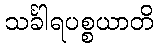
သင်္ခါရပစ္စယာတိ